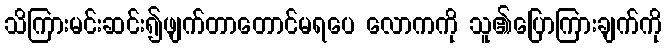
သိကြားမင်းဆင်း၍ဖျက်တာတောင်မရပေ လောကကို သူ၏ပြောကြားချက်ကို